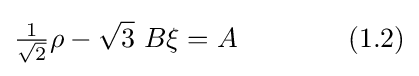
{\tfrac {1}{\sqrt {2}}}\rho -{\sqrt {3}}~B\xi =A\qquad \qquad (1.2)